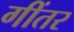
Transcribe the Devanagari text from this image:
गींतर